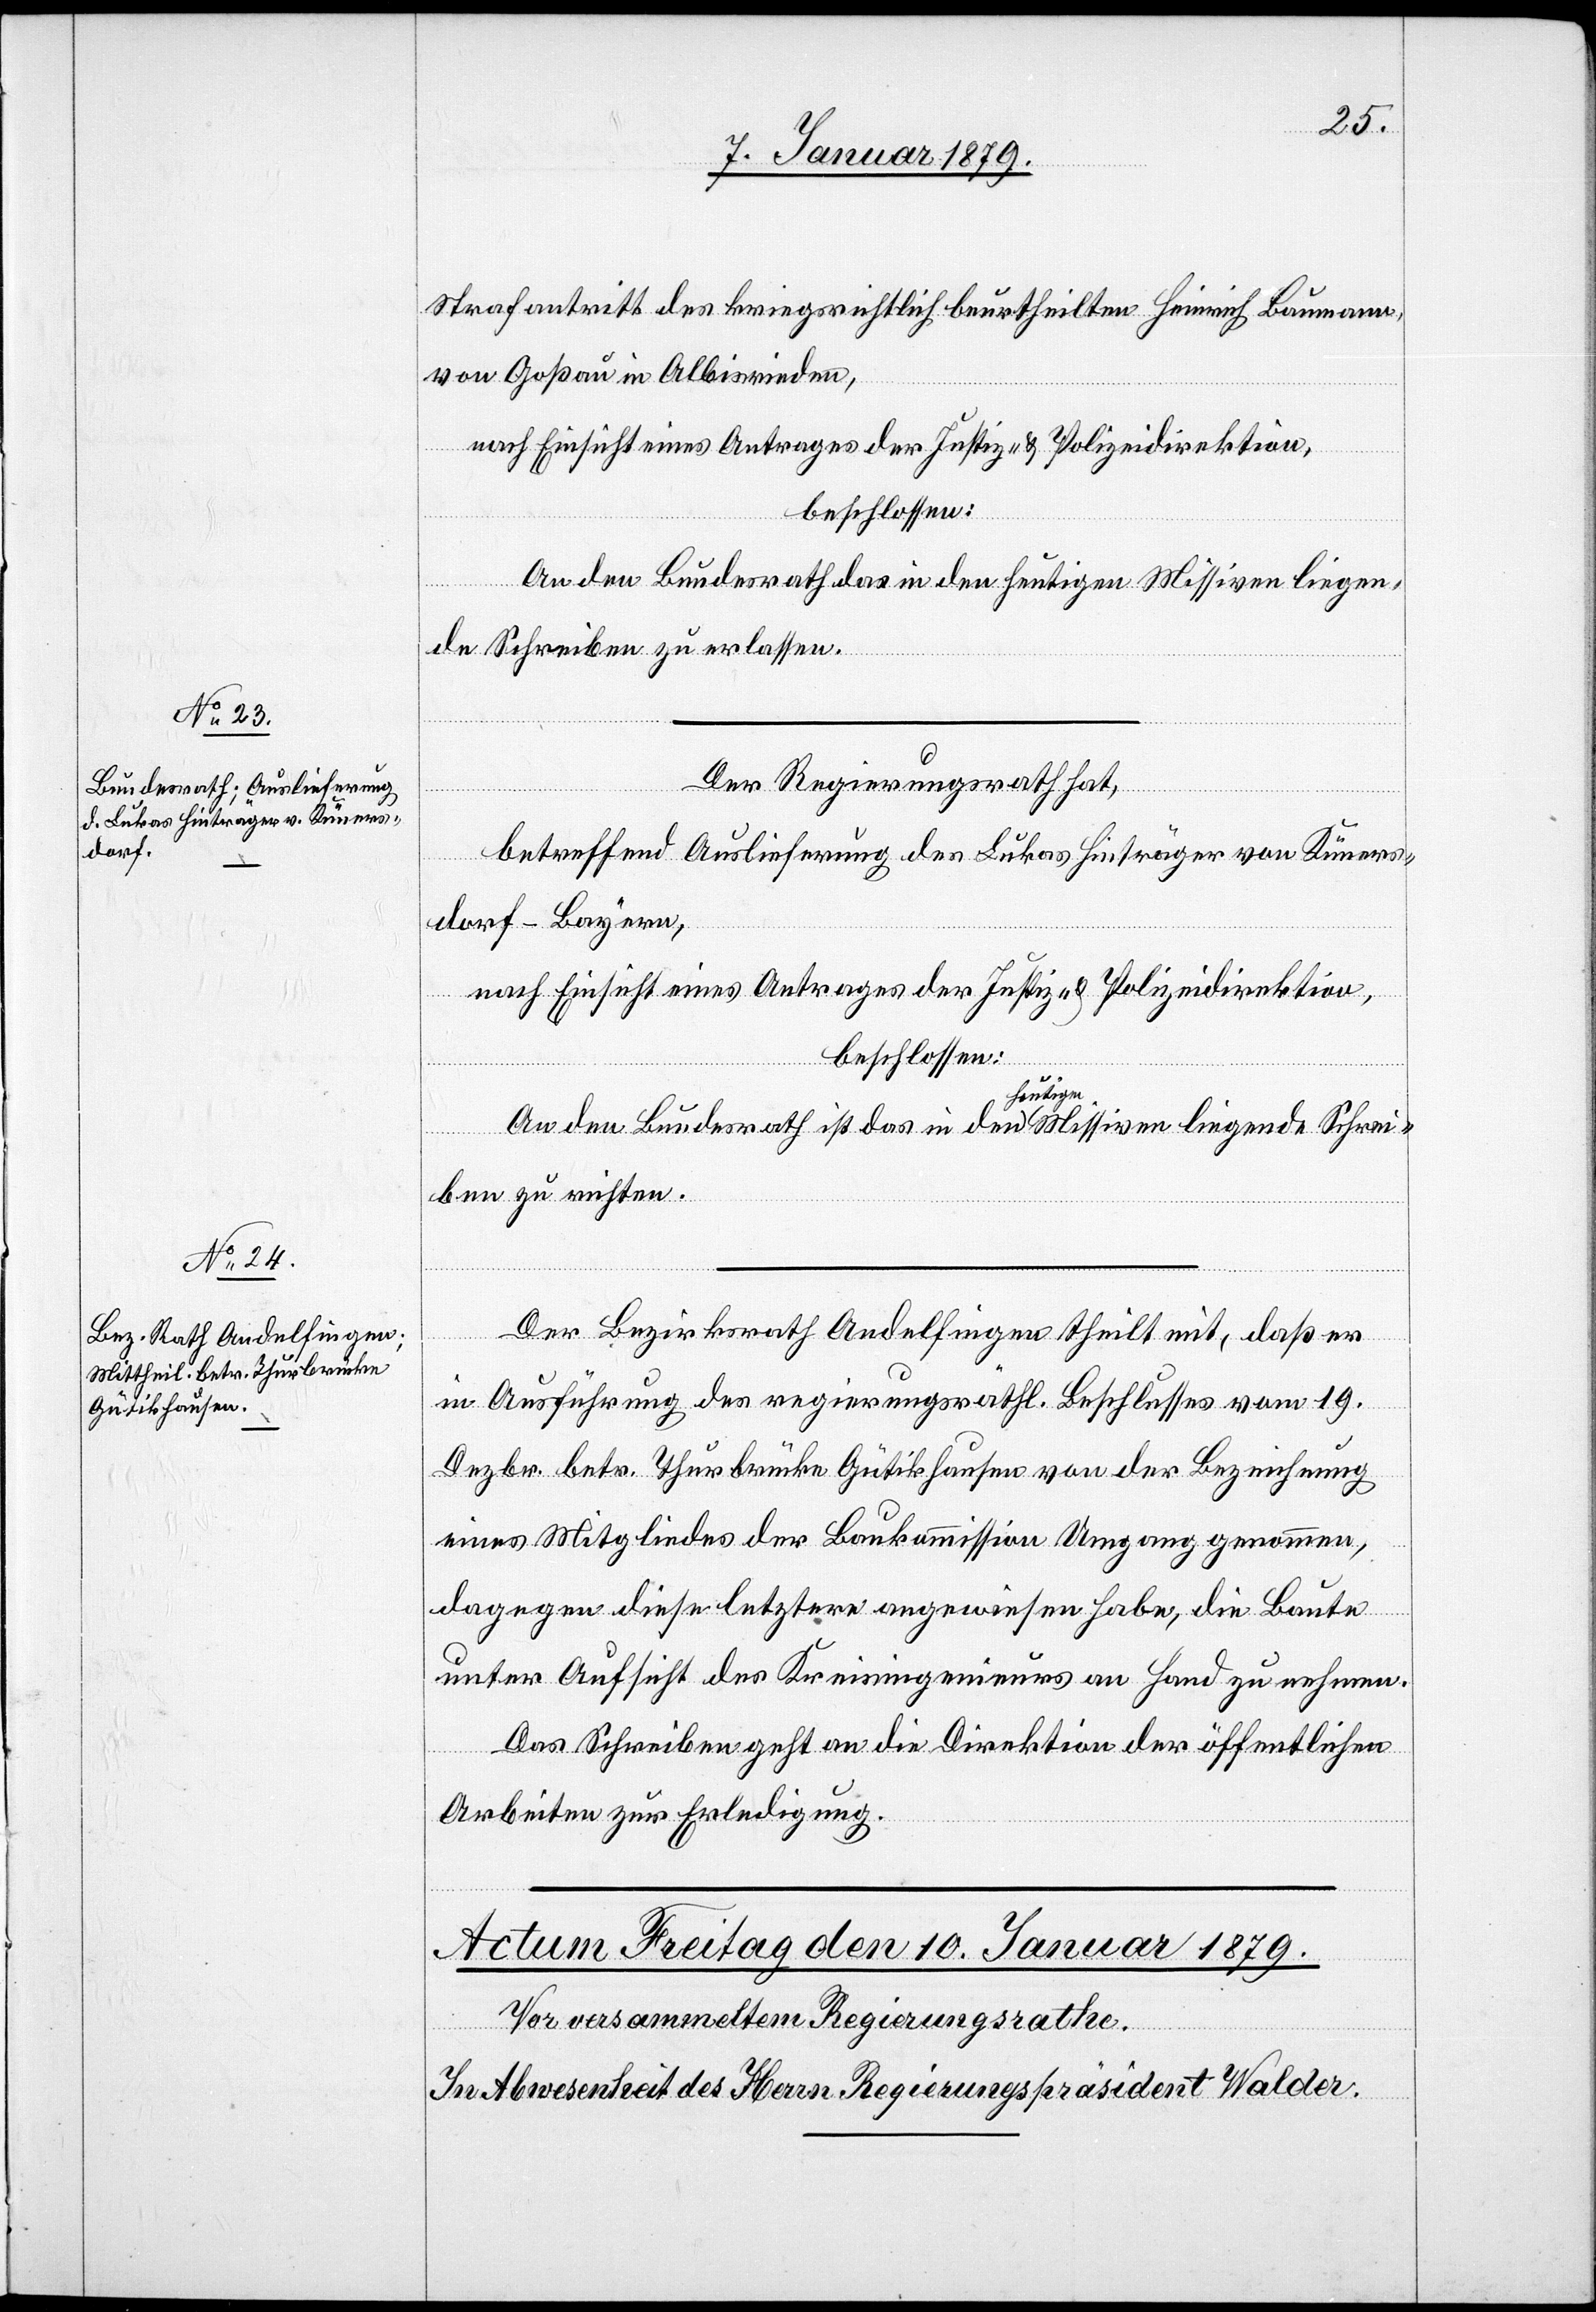
9. Januar 1879.]
Strafantritt des kriegsrichtlich [sic!] beurtheilten Heinrich Baumann,
von Goßau in Albisrieden,
nach Einsicht eines Antrages der Justiz- & Polizeidirektion,
de
beschlossen:
An den Bundesrath ist das in den a-heutigen-a Missiven liegen¬
de Schreiben zu erlassen.
Der Regierungsrath hat,
Schrei¬
betreffend Auslieferung des Lukas Hinträger von Küners¬
dorf-Bayern,
nach Einsicht eines Antrages der Justiz- & Polizeidirektion,
beschlossen:
ben zu richten.
Der Bezirksrath Andelfingen theilt mit, daß er
in Ausführung des regierungsräthl. Beschlusses vom 19.
Dezbr. betr. Thurbrücke Gütikhausen von der Bezeichnung
eines Mitgliedes der Baukommission Umgang genommen,
dagegen diese letztere angewiesen habe, die Baute
unter Aufsicht des Kreisingenieurs an Hand zu nehmen.
Das Schreiben geht an die Direktion der öffentlichen
Arbeiten zur Erledigung.